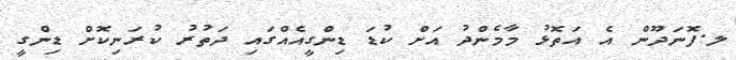
ލ.ފޮނަދޫން އެ އަތޮޅު މާމެންދު އަށް ކުޑަ ޑިންގީއެއްގައި ދަތުރު ކުރަނިކޮށް ޑިންގީ